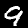
Digit: 9